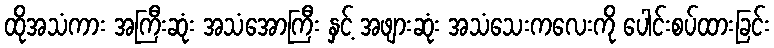
ထိုအသံကား အကြီးဆုံး အသံအောကြီး နှင့် အဖျားဆုံး အသံသေးကလေးကို ပေါင်းစပ်ထားခြင်း